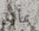
بمأزق